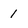
Character: 1